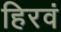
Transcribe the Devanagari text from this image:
हिरवं